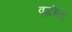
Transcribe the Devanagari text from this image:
वृद्धीला